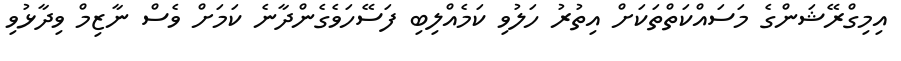
އިމިގްރޭޝަންގެ މަސައްކަތްތަކަށް އިތުރު ހަލުވި ކަމެއްލިބި ފަސޭހަވެގެންދާނެ ކަމަށް ވެސް ނާޒިމް ވިދާޅުވި